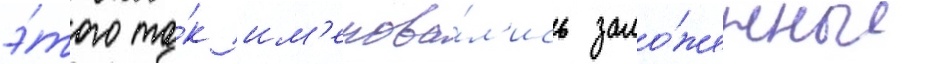
э́того та́к им'енова́л'ись зало́женные